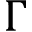
\Gamma